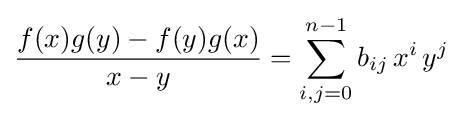
{\frac {f(x)g(y)-f(y)g(x)}{x-y}}=\sum _{i,j=0}^{n-1}b_{ij}\,x^{i}\,y^{j}